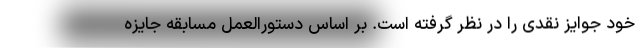
خود جوایز نقدی را در نظر گرفته است. بر اساس دستورالعمل مسابقه جایزه